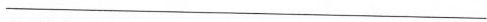
___